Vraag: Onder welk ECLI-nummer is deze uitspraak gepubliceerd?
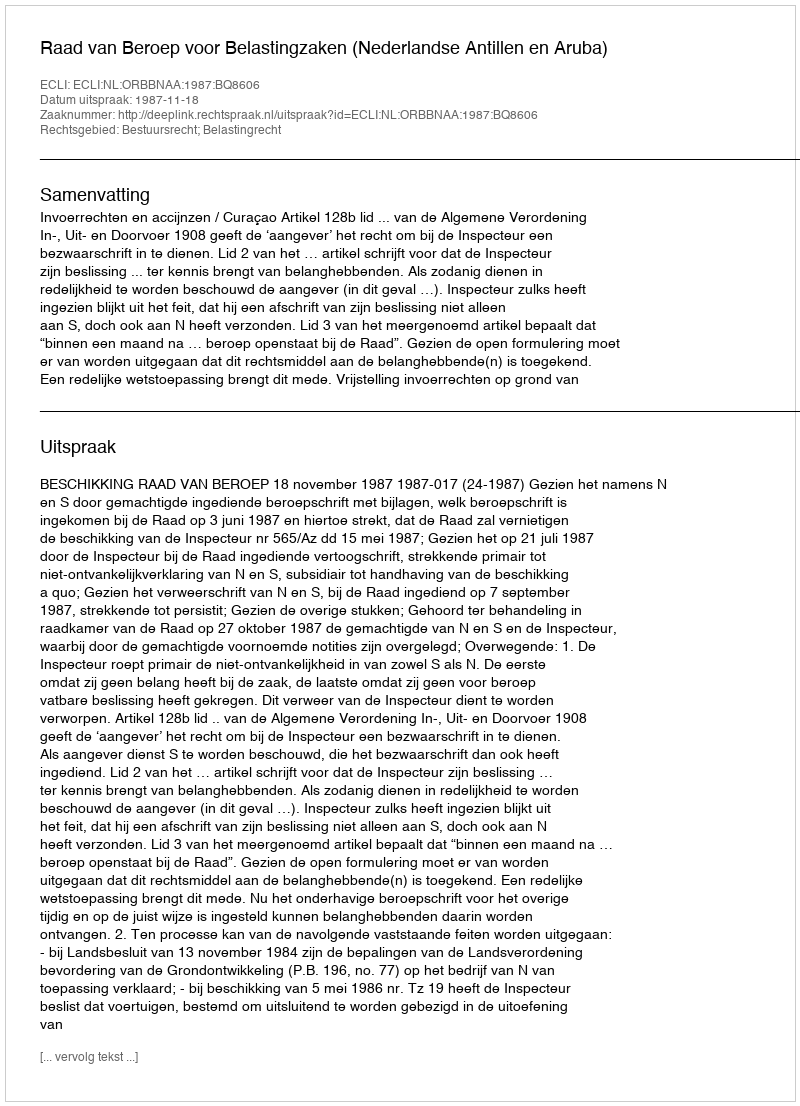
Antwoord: ECLI:NL:ORBBNAA:1987:BQ8606